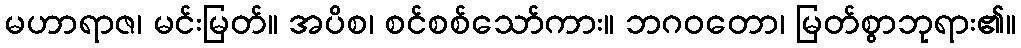
မဟာရာဇ၊ မင်းမြတ်။ အပိစ၊ စင်စစ်သော်ကား။ ဘဂဝတော၊ မြတ်စွာဘုရား၏။